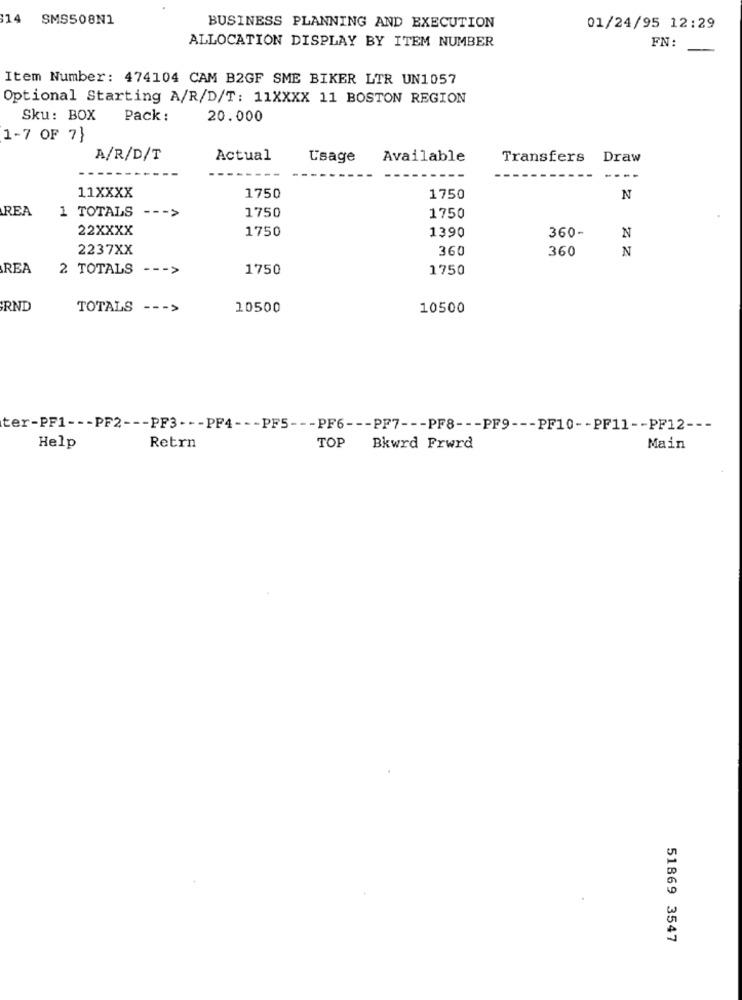
14
SMS508N1
BUSINESS PLANNING AND EXECUTION
01/24/95 12:29
ALLOCATION DISPLAY BY ITEM NUMBER
FN:
Item Number: 474104 CAM B2GF SME BIKER LTR UN1057
Optional Starting A/R/D/T: 11XXXX 11 BOSTON REGION
Sku: BOX
Pack :
20.000
1-7 OF 7}
A/R/D/T
Actual
Usage
Available
Transfers
Draw
11XXXX
1750
1750
N
REA
1 TOTALS
1750
1750
22XXXX
1750
1390
360-
N
2237XX
360
360
N
REA
2 TOTALS
--- >
1750
1750
RND
TOTALS
--- >
10500
10500
ter-PF1 --- PF2 --- PF3 --- PF4 --- PF5 --- PF6 --- PF7 --- PF8 --- PF9 --- PF10 -- PF11 -- PF12 ---
Help
Retrn
TOP
Bkwrd Frwrd
Main
51869 3547